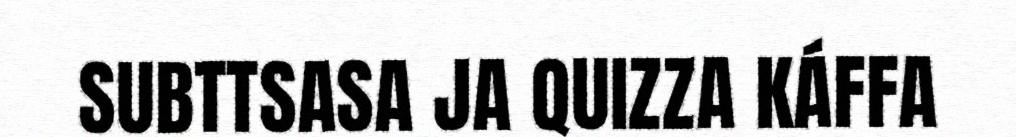
SUBTTSASA JA QUIZZA KÁFFA